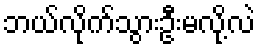
ဘယ်လိုက်သွားဦးမလို့လဲ